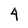
Character: 4